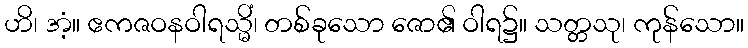
ဟိ၊ အံ့။ ဧကဇဝနဝါရသ္မိံ၊ တစ်ခုသော ဇော၏ ဝါရ၌။ သတ္တသု၊ ကုန်သော။